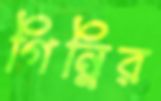
গিন্নির